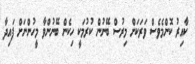
ކާއިރު ކޮންމެވެސް ވަރަކަށް މިރުސް ބޭނުން ކުރުމަކީ ހިކެން ބޭނުންވާ މީހުންނަށް ފައިދާ